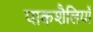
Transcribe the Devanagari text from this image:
पाकशैलियाँ